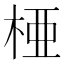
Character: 𬂲